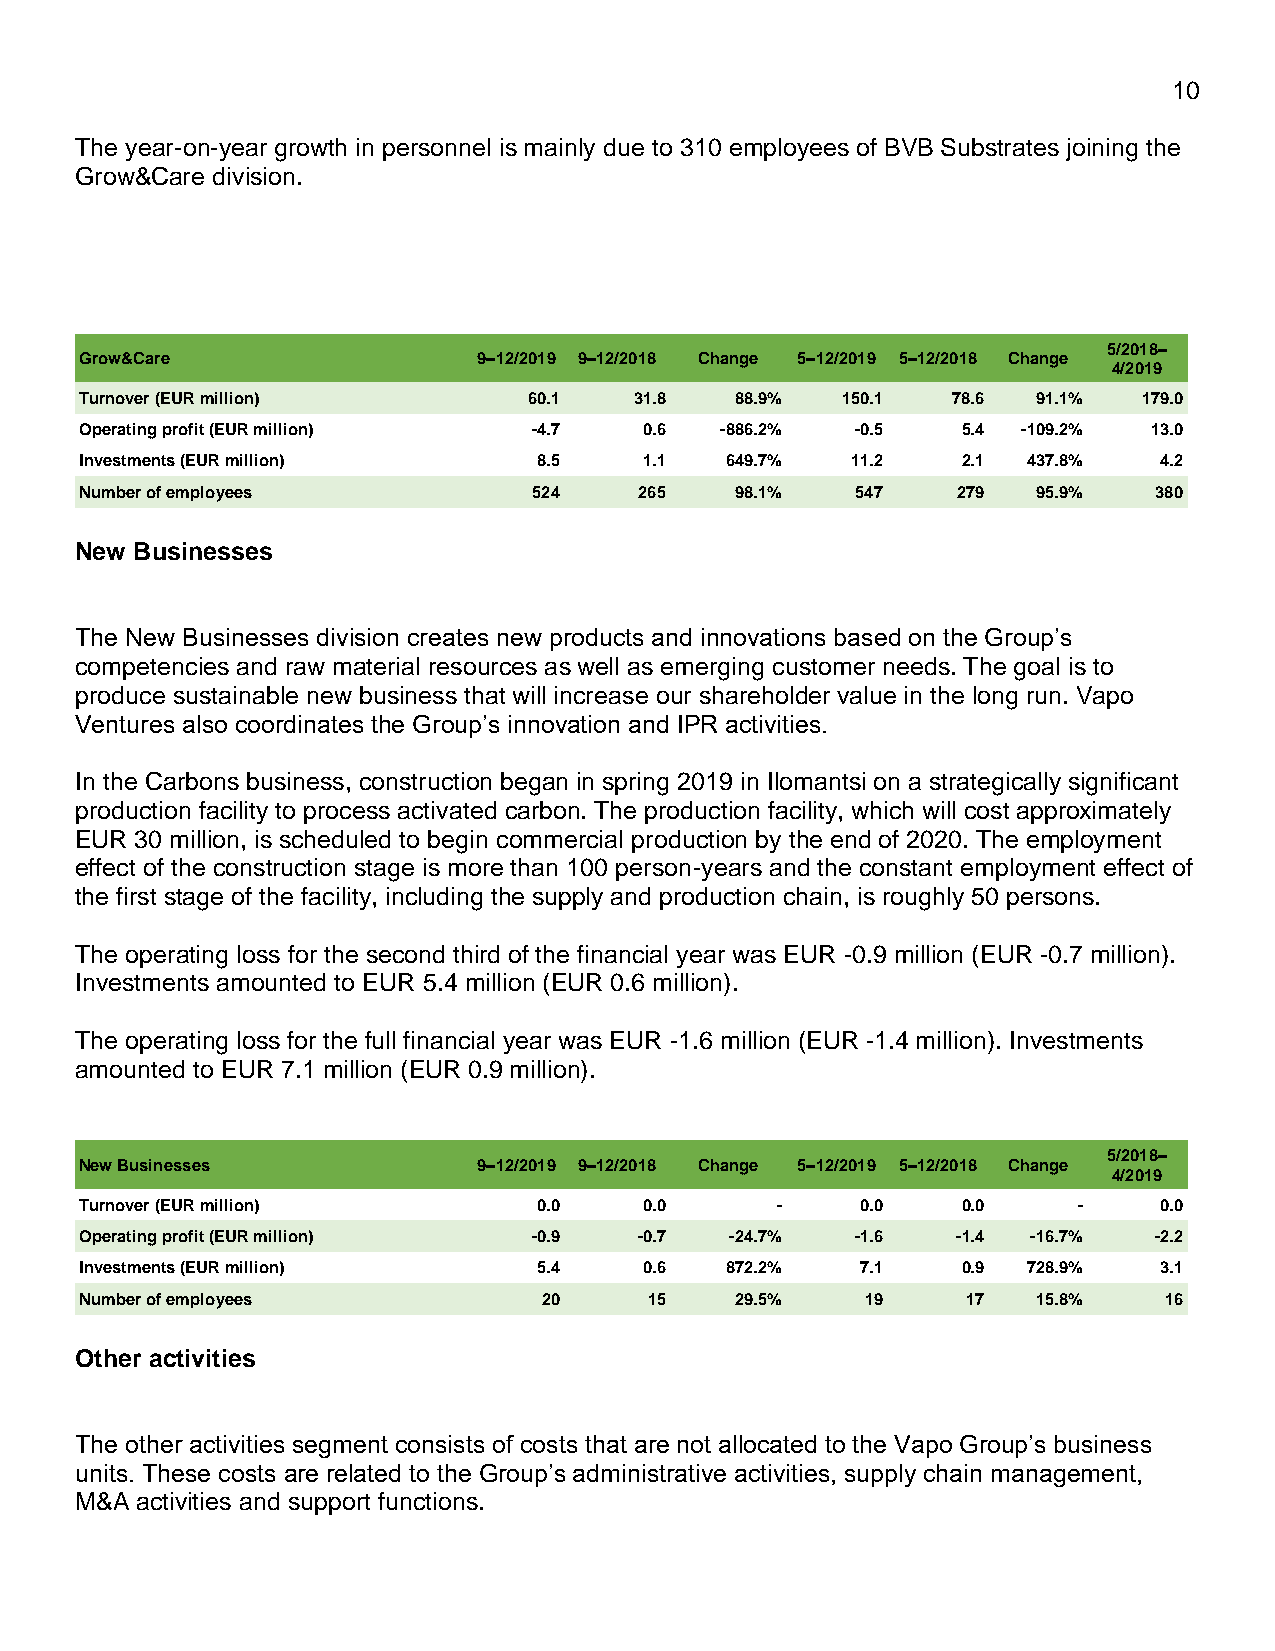
10
 The year-on-year growth in personnel is mainly due to 310 employees of BVB Substrates joining the
 Grow&Care division.
 5/2018–
 Grow&Care                  9–12/2019 9–12/2018 Change 5–12/2019 5–12/2018 Change
 4/2019
 Turnover (EUR million)        60.1   31.8   88.9%  150.1  78.6  91.1%  179.0
 Operating profit (EUR million) -4.7   0.6  -886.2%  -0.5   5.4 -109.2% 13.0
 Investments (EUR million)      8.5    1.1  649.7%  11.2    2.1 437.8%   4.2
 Number of employees           524    265    98.1%   547   279   95.9%  380
 New Businesses
 The New Businesses division creates new products and innovations based on the Group’s
 competencies and raw material resources as well as emerging customer needs. The goal is to
 produce sustainable new business that will increase our shareholder value in the long run. Vapo
 Ventures also coordinates the Group’s innovation and IPR activities.
 In the Carbons business, construction began in spring 2019 in Ilomantsi on a strategically significant
 production facility to process activated carbon. The production facility, which will cost approximately
 EUR 30 million, is scheduled to begin commercial production by the end of 2020. The employment
 effect of the construction stage is more than 100 person-years and the constant employment effect of
 the first stage of the facility, including the supply and production chain, is roughly 50 persons.
 The operating loss for the second third of the financial year was EUR -0.9 million (EUR -0.7 million).
 Investments amounted to EUR 5.4 million (EUR 0.6 million).
 The operating loss for the full financial year was EUR -1.6 million (EUR -1.4 million). Investments
 amounted to EUR 7.1 million (EUR 0.9 million).
 5/2018–
 New Businesses             9–12/2019 9–12/2018 Change 5–12/2019 5–12/2018 Change
 4/2019
 Turnover (EUR million)         0.0    0.0     -     0.0    0.0    -     0.0
 Operating profit (EUR million) -0.9  -0.7  -24.7%   -1.6  -1.4 -16.7%  -2.2
 Investments (EUR million)      5.4    0.6  872.2%   7.1    0.9 728.9%   3.1
 Number of employees            20     15    29.5%   19     17   15.8%   16
 Other activities
 The other activities segment consists of costs that are not allocated to the Vapo Group’s business
 units. These costs are related to the Group’s administrative activities, supply chain management,
 M&A activities and support functions.